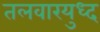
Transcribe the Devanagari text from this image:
तलवारयुध्द